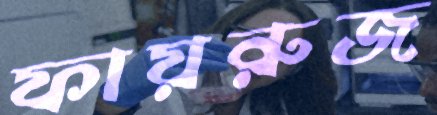
ফায়রুজ